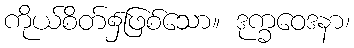
ကိုယ်စိတ်၌ဖြစ်သော။ ဒုက္ခဝေဒနာ၊